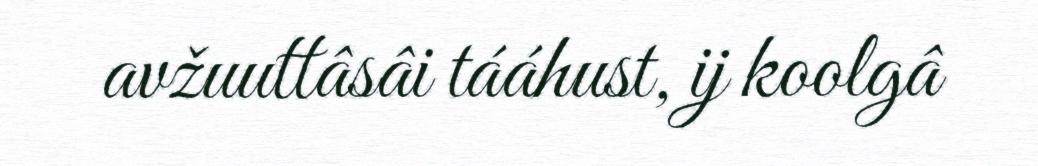
avžuuttâsâi tááhust, ij koolgâ